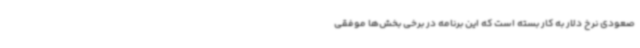
صعودی نرخ دلار به کار بسته است که این برنامه در برخی بخش‌ها موفقی